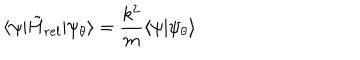
\langle \psi | \tilde { H } _ { r e l } | \psi _ { \theta } \rangle = \frac { k ^ { 2 } } { m } \langle \psi | \psi _ { \theta } \rangle